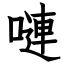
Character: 嗹